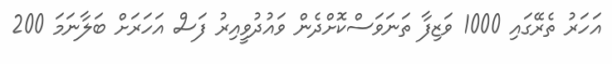
އަހަރު ތެރޭގައި 1000 ވަޒިފާ ތަނަވަސްކޮށްދެން ވައުދުވީއިރު ފަސް އަހަރަށް ބަލާނަމަ 200